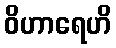
ဝိဟာရေဟိ